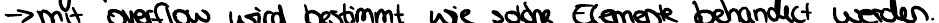
-> mit Overflow wird bestimmt wie solche Elemente behandelt werden.